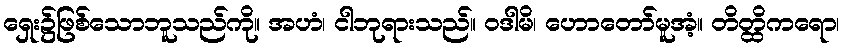
ရှေး၌ဖြစ်သောဘူသည်ကို။ အဟံ၊ ငါဘုရားသည်။ ဝဒါမိ၊ ဟောတော်မူအံ့။ တိတ္ထိကရော၊